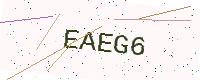
Text: EAEG6